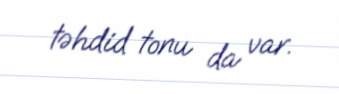
təhdid tonu da var.